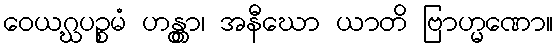
ဝေယဂ္ဃပဉ္စမံ ဟန္တွာ၊ အနီဃော ယာတိ ဗြာဟ္မဏော။